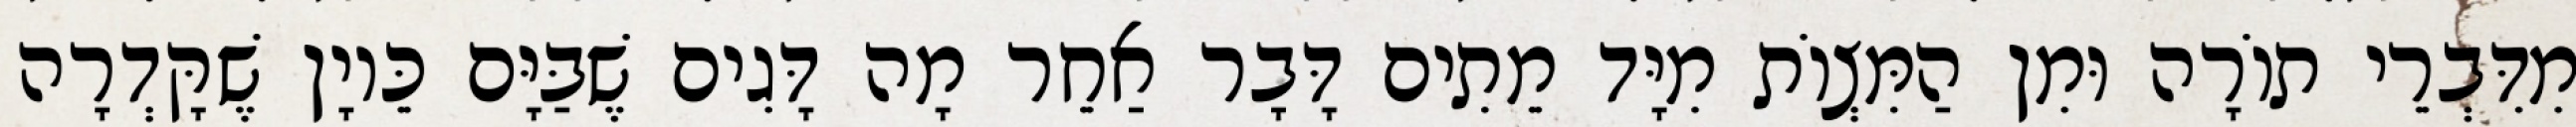
מִדִּבְרֵי תוֹרָה וּמִן הַמִּצְוֹת מִיָּד מֵתִים דָּבָר אַחֵר מָה דָּגִים שֶׁבַּיָּם כֵּיוָן שֶׁקָּדְרָה